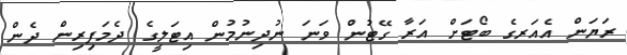
ރަޔަން އެއަރގެ ބޯޓަށް އަރާ ގޭޓުން ވަނަ ނުދިނުމުން އިޓަލީގެ ދެމަފިރިން ދެން